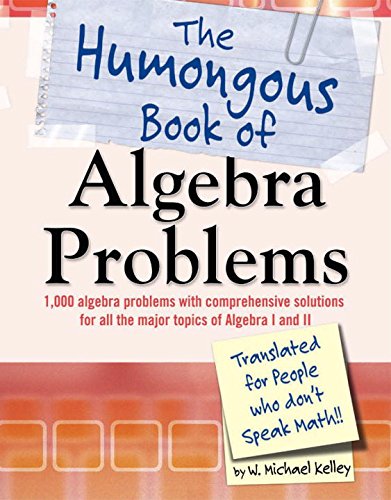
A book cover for The Humongous Book of Algebra Problems; W. Michael Kelley; Science & Math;